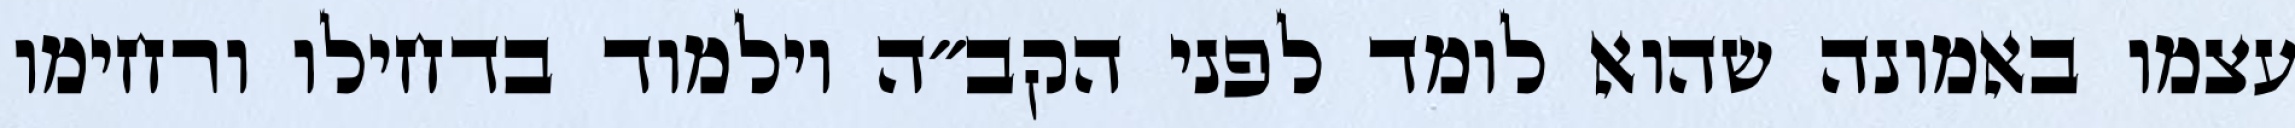
עצמו באמונה שהוא לומד לפני הקב״ה וילמוד בדחילו ורחימו